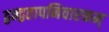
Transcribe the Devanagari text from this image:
द्वन्द्वतापनिवारकम्